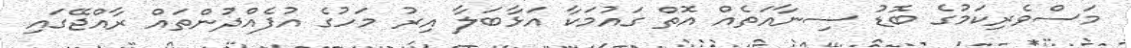
މަސްވެރިކަމުގެ ބޮޑު ސިނާއަތެއް އޮތް ގައުމަކާ އަޅާބަލާ އިރު މަހުގެ އުފެއްދުންތައް ރާއްޖޭގައި